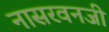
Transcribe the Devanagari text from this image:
नासरवनजी